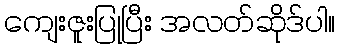
ကျေးဇူးပြုပြီး အလတ်ဆိုဒ်ပါ။